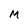
Character: M